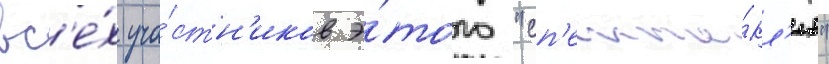
вс'е́х уча́стн'иков э́того "сп'екта́кл'я"